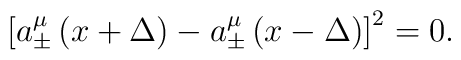
\left[ a_{\pm }^\mu \left( x+\Delta \right) -a_{\pm }^\mu \left( x-\Delta\right) \right] ^2=0.